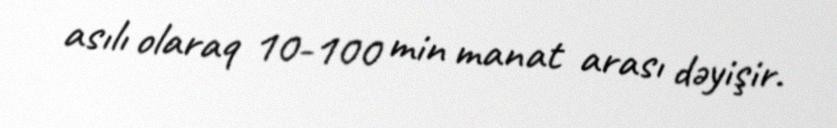
asılı olaraq 10-100 min manat arası dəyişir.